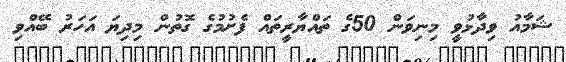
ޝަމާއު ވިދާޅުވީ މިނިވަން 50ގެ ތައްޔާރީތައް ފެށުމުގެ ގޮތުން މިދިޔަ އަހަރު ބޭއްވި